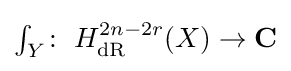
\textstyle \int _{Y}\colon \;H_{\text{dR}}^{2n-2r}(X)\to \mathbf {C}